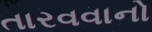
તારવવાનો